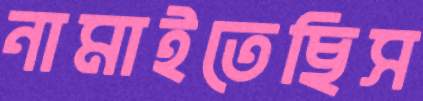
নামাইতেছিস